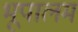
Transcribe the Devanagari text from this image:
भूपालम